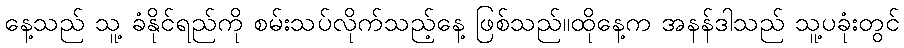
နေ့သည် သူ့ ခံနိုင်ရည်ကို စမ်းသပ်လိုက်သည့်နေ့ ဖြစ်သည်။ထိုနေ့က အနန်ဒါသည် သူ့ပခုံးတွင်